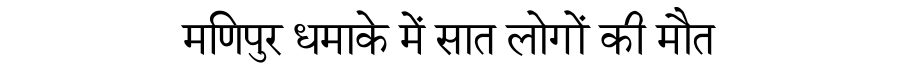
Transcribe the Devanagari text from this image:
मणिपुर धमाके में सात लोगों की मौत